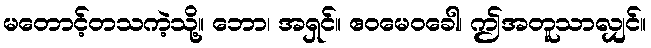
မတောင့်တသကဲ့သို့။ ဘော၊ အရှင်။ ဧဝမေဝခေါ၊ ဤအတူသာလျှင်။